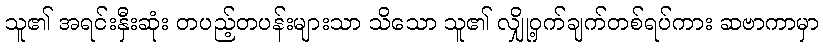
သူ၏ အရင်းနှီးဆုံး တပည့်တပန်းများသာ သိသော သူ၏ လျှို့ဝှက်ချက်တစ်ရပ်ကား ဆဗာကာမှာ